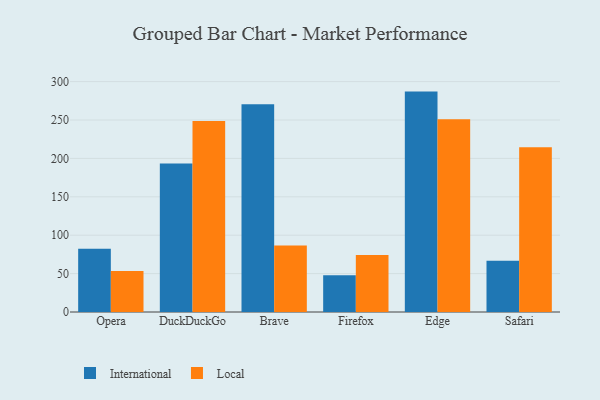
{"axis": {"x": "Browser", "y": "LTV (USD)"}, "legend": ["International", "Local"], "data": [{"x": "Opera", "y": 82.2, "type": "International"}, {"x": "Opera", "y": 53.3, "type": "Local"}, {"x": "DuckDuckGo", "y": 193.3, "type": "International"}, {"x": "DuckDuckGo", "y": 248.7, "type": "Local"}, {"x": "Brave", "y": 270.4, "type": "International"}, {"x": "Brave", "y": 86.5, "type": "Local"}, {"x": "Firefox", "y": 47.9, "type": "International"}, {"x": "Firefox", "y": 74.2, "type": "Local"}, {"x": "Edge", "y": 287.0, "type": "International"}, {"x": "Edge", "y": 251.1, "type": "Local"}, {"x": "Safari", "y": 66.6, "type": "International"}, {"x": "Safari", "y": 214.4, "type": "Local"}]}